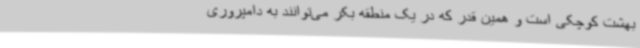
بهشت کوچکی است و همین قدر که در یک منطقه بکر می‌توانند به دامپروری